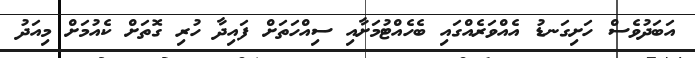
އަބަދުވެސް ހަށިގަނޑު އެއްވަރެއްގައި ބެހެއްޓުމަށާއި ސިއްހަތަށް ފައިދާ ހުރި ގޮތަށް ކެއުމަށް މިއަދު